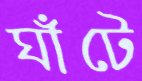
ঘাঁটে